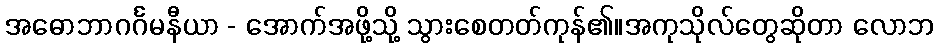
အဓောဘာဂင်္ဂမနီယာ - အောက်အဖို့သို့ သွားစေတတ်ကုန်၏။အကုသိုလ်တွေဆိုတာ လောဘ